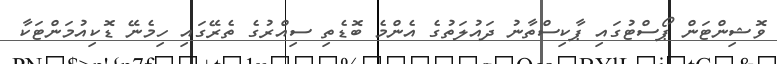
ވޮޝިންޓަން ޕޯސްޓުގައި ޕާކިސްތާނު ދައުލަތުގެ އެންމެ ބޮޑެތި ސިއްރުގެ ތެރޭގައި ހިމެނޭ ޑޮކިއުމަންޓަކާ